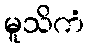
မူသိကံ